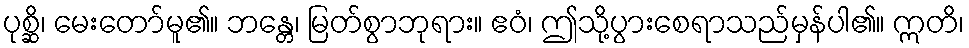
ပုစ္ဆိ၊ မေးတော်မူ၏။ ဘန္တေ၊ မြတ်စွာဘုရား။ ဧဝံ၊ ဤသို့ပွားစေရာသည်မှန်ပါ၏။ ဣတိ၊